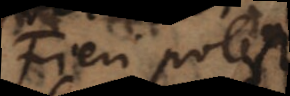
Fieri potest